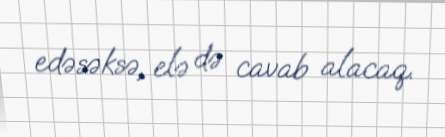
edəsəksə, elə də cavab alacaq.